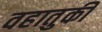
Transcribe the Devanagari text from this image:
वहातुकी